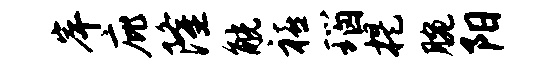
岸庇隆觥禧瑙提腕阳